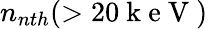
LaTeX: n_{nth}(>20\mathrm{~k~e~V~})